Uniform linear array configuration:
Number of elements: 24
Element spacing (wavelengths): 0.25
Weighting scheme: kaiser
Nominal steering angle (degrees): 60
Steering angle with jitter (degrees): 60.008
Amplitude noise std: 0.05
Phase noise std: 0.05

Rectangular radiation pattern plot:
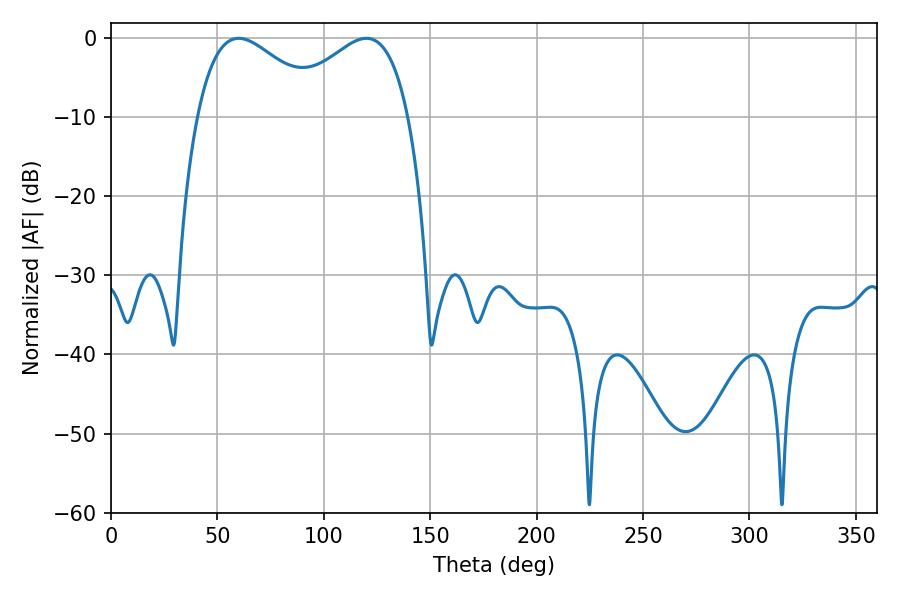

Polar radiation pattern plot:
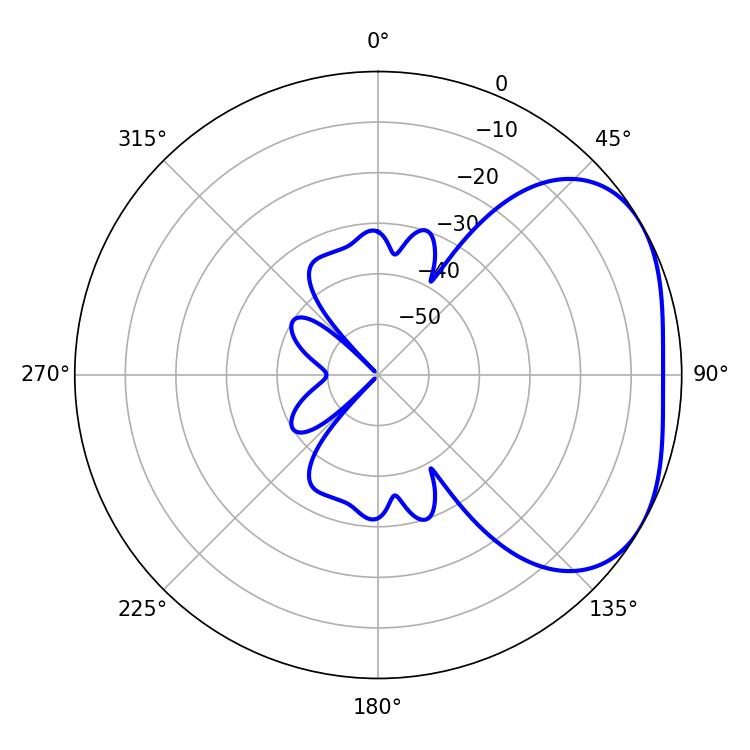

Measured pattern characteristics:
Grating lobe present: FALSE
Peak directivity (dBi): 3.025
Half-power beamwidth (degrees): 32.58
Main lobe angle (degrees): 59.94